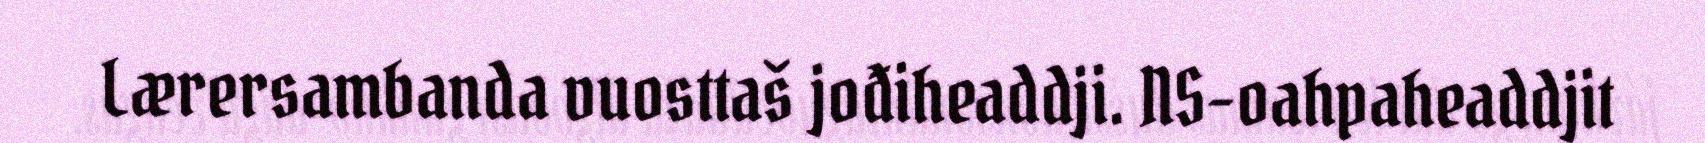
Lærersambanda vuosttaš jođiheaddji. NS-oahpaheaddjit